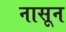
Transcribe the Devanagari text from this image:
नासून